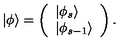
| \phi \rangle = \left( \begin{array} { l } { | \phi _ { s } \rangle } \\ { | \phi _ { s - 1 } \rangle } \\ \end{array} \right) .